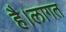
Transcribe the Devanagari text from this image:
है।लागत